Madras plague regulations in force outside the Presidency town - Volume 5
Disease focus: Plague
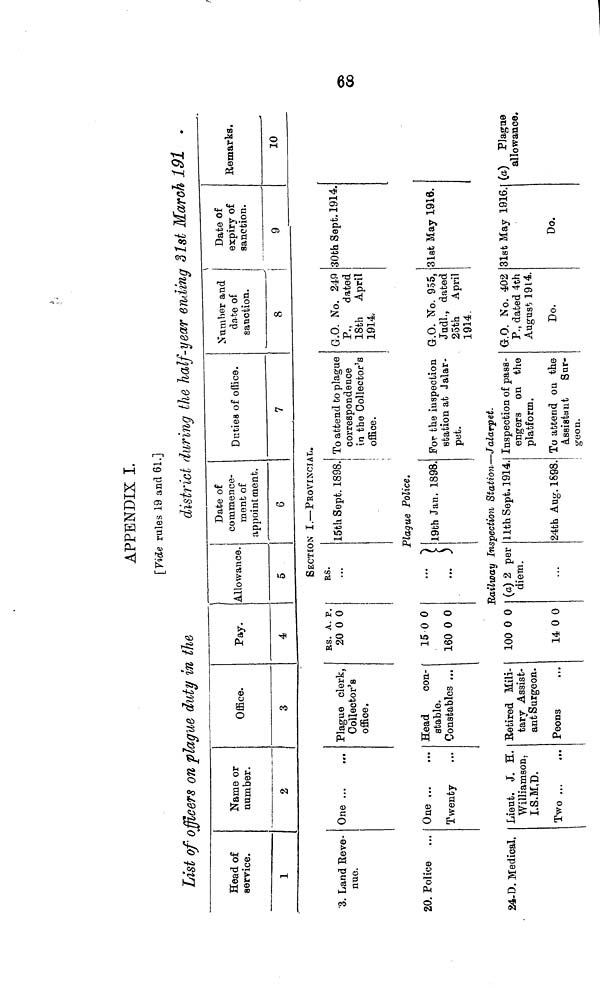
APPENDIX I.
[Vide rules 19 and 61.]
List of officers on plaque duty in the
district during the half-year ending 31st March 191 .
Head of
service.
1
Name or
number.
2
Office.
3
Pay.
4
Allowance.
5
Date of
commence-
ment of
appointment.
6
Duties of office.
7
Number and
da.te of
sanction.
8
\
Date of
expiry of
sanction.
9
Remarks.
10
SECTION I. — PROVINCIAL.
3. Land Reve-
nue.
One
Plague clerk,
Collector's
office.
RS. A. P.
20 0 0
RS.
15th Sept. 1898. To attend to plague
correspondence
in the Collector's
office.
G.O. No. 249
P.,
dated
18th April
1914.
30th Sept. 1914.
Plague Police,
20. Police ... One
Twenty
Head
con-
stable.
Constables
15 0 0
160 0 0
19th Jan. 1898. For the inspection G.O. No. 955,
station at Jalar-
Judl., dated
pet.
25th April
1914
31st May 1916.
Railway Inspection Station — Jalarpet.
24-D. Medical. Lieut. J. H.
Williamson.
I.S.M,D.
Two
Retired Mili-
tary Assist-
ant Surgeon.
Peons
i
100 0 0
14 0 0
(a) 2 per
diem.
11th Sept. 1914,
24th Aug. 1898.
Inspection of pass-
engers on the
platform.
To attend on the
Assistant Sur-
geon.
G.O. No. 402
P., dated 4th
August 1914.
Do.
31st May 1916.
Do.
(a) Plague
allowance.
68